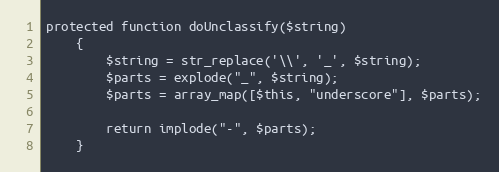
Language: PHP
protected function doUnclassify($string)
    {
        $string = str_replace('\\', '_', $string);
        $parts = explode("_", $string);
        $parts = array_map([$this, "underscore"], $parts);

        return implode("-", $parts);
    }